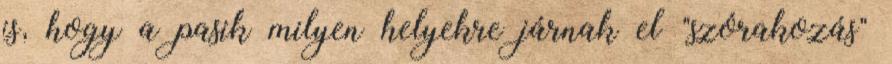
is, hogy a pasik milyen helyekre járnak el "szórakozás"